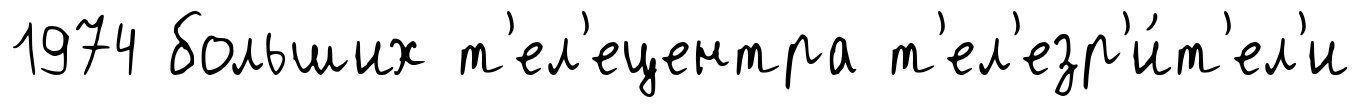
1974 больших т'ел'ецентра т'ел'езр'и́т'ел'и